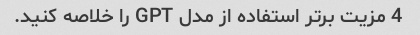
4 مزیت برتر استفاده از مدل GPT را خلاصه کنید.